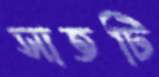
সাতটি